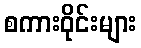
စကားဝိုင်းများ